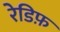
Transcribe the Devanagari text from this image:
रेडिफ़